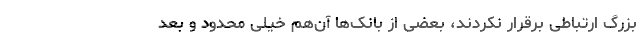
بزرگ ارتباطی برقرار نکردند، بعضی از بانک‌ها آن‌هم خیلی محدود و بعد